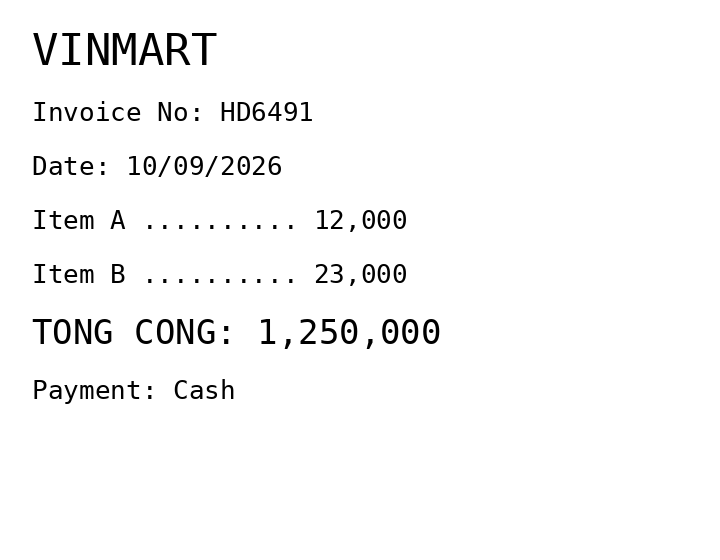
VINMART
Invoice No: HD6491
Date: 10/09/2026
Item A .......... 12,000
Item B .......... 23,000
TONG CONG: 1,250,000
Payment: Cash
Merchant: vinmart
Date: 2026-09-10
Total: 1250000
Invoice No: HD6491
Payment method: CASH